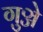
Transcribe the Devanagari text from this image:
गुञ्जे